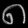
Digit: ၈